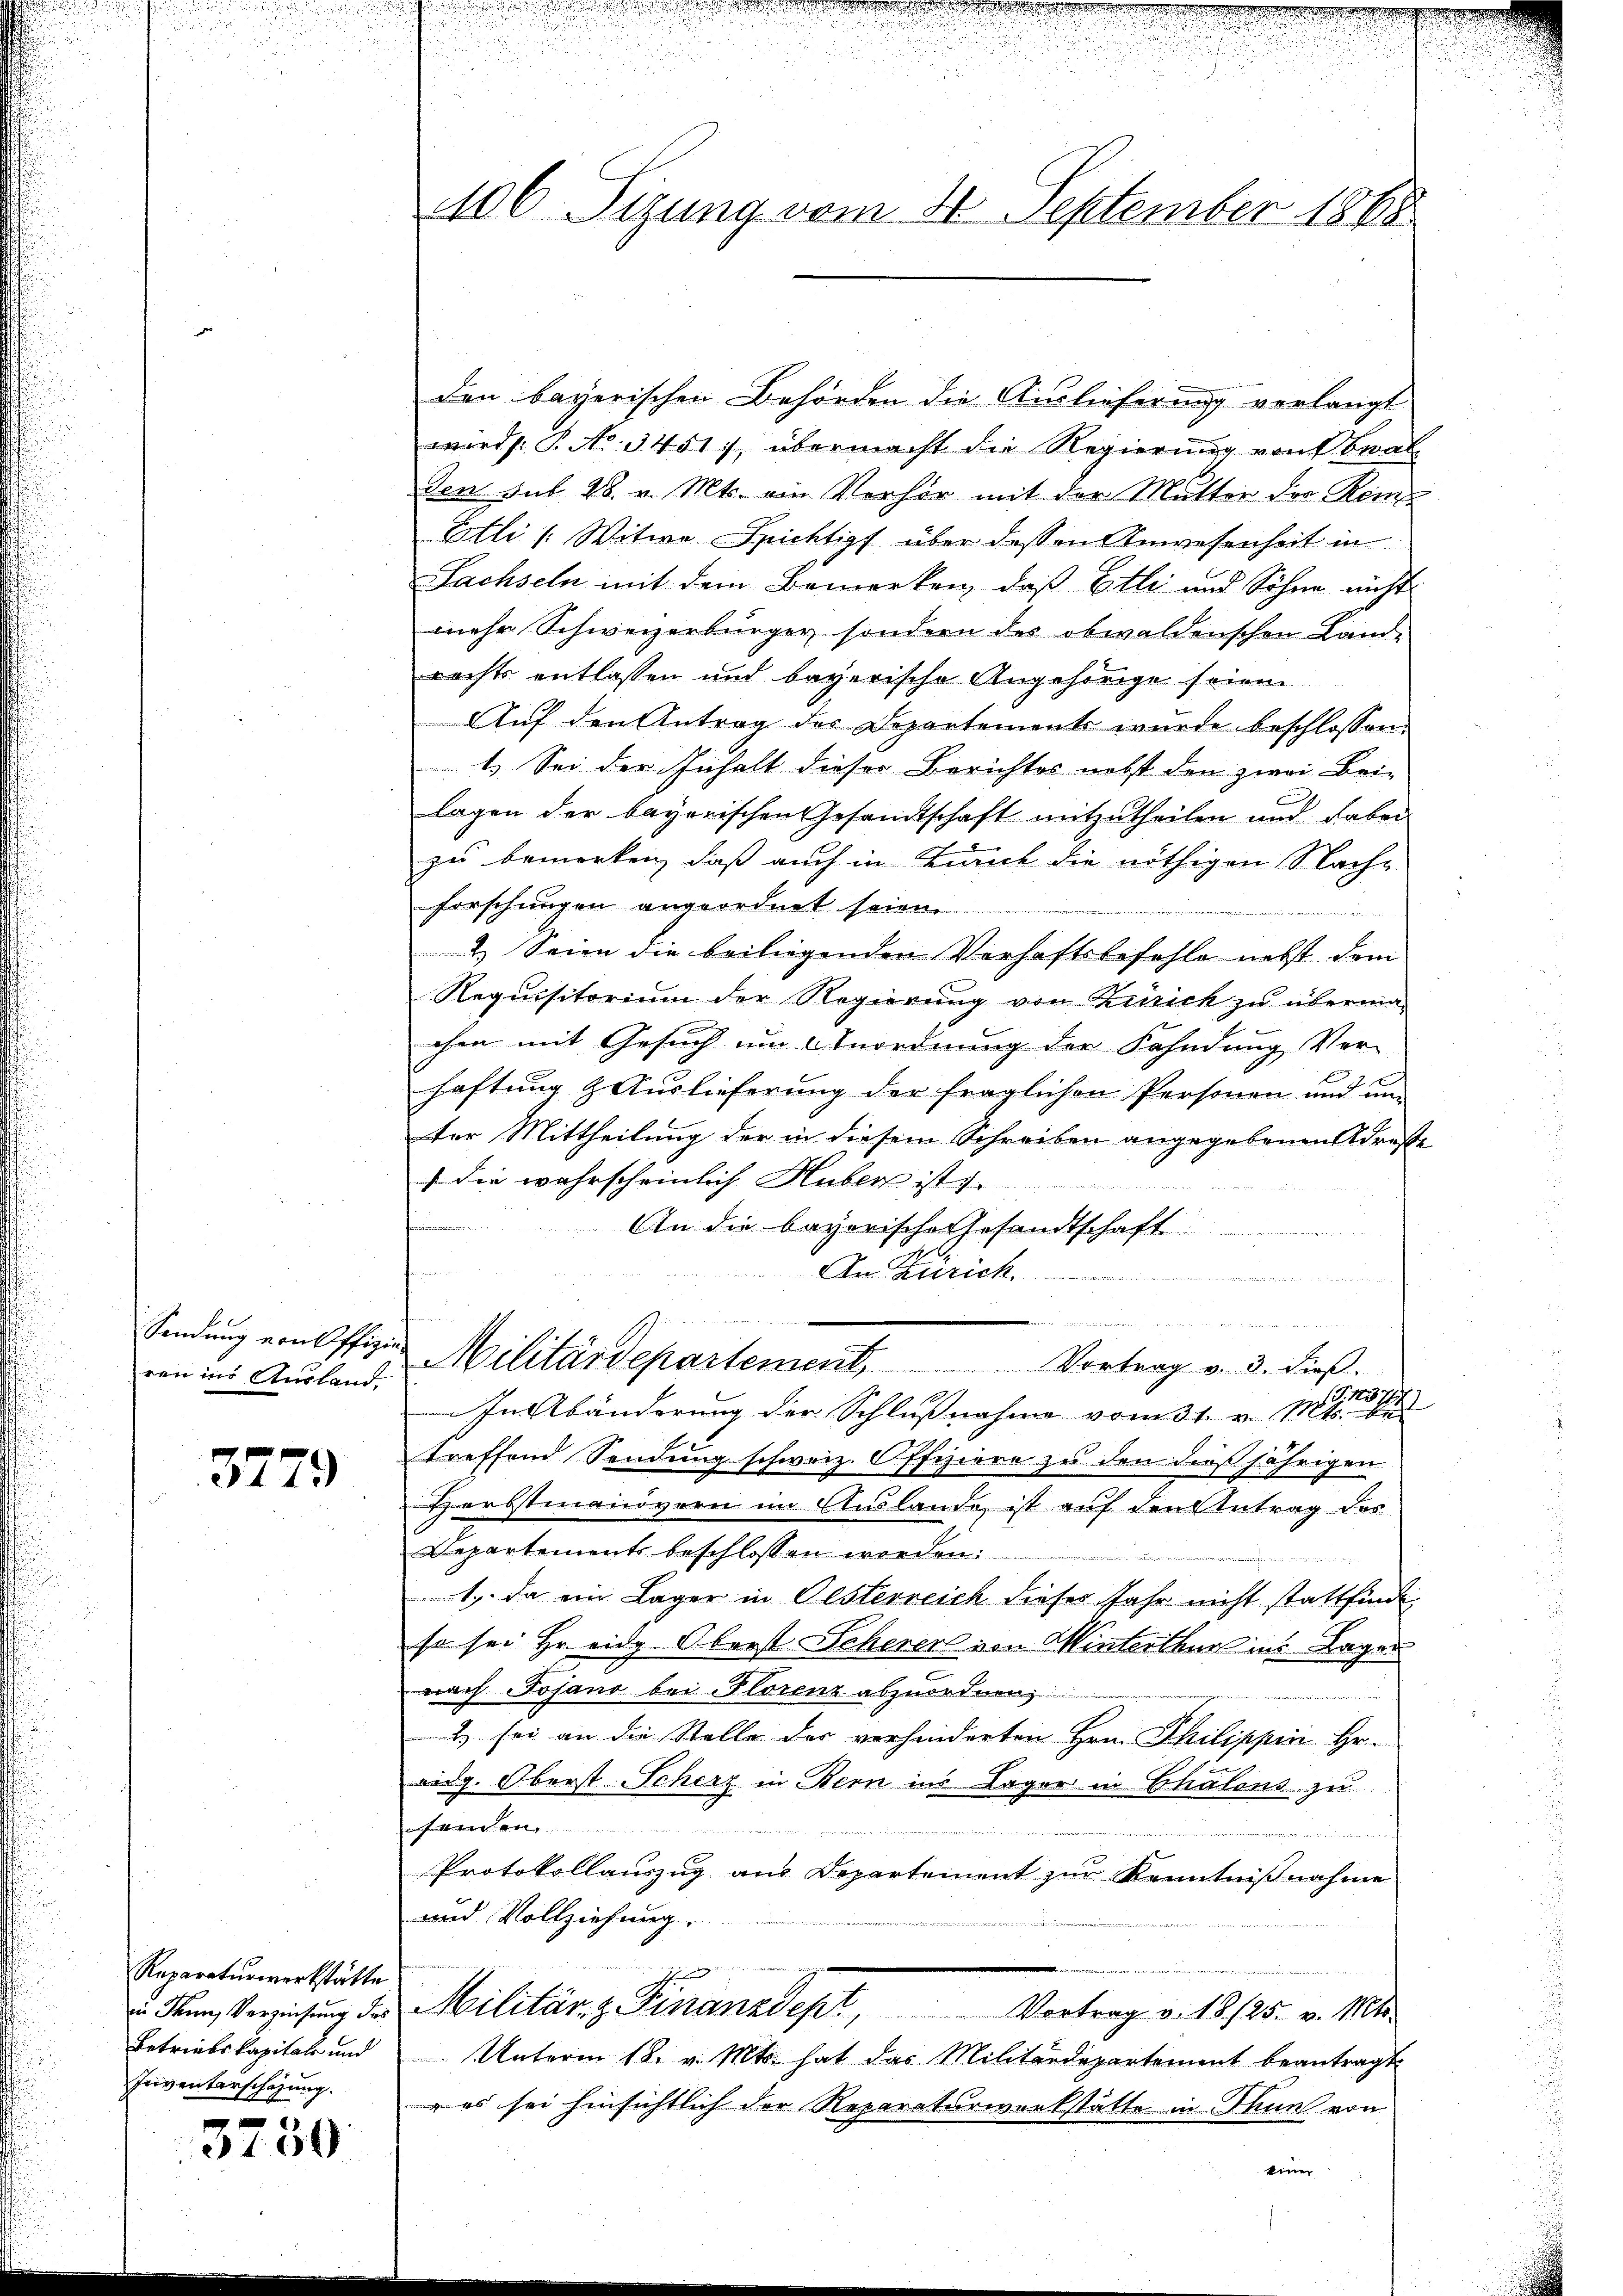
ren ins Ausland,

3779

Reparaturwerkstätte
Inventarschafung.

3730

206 Sizung vom 4. September 1868

den bayerischen Behörden die Auslieferung verlangt
wird: P. Nr. 3451), übermacht die Regierung von Beal
den sub 28. v. Mts. ein Verhör mit der Mutter der Rem
Etli /: Witwe Spichtigt über dessen Anwesenheit in
Sachseln mit dem Bemerken, daß Etli und Sohne nicht
mehr Schweizerbürger sondern des obwaldenschen Land-
rechts entlassen und bayerische Angehörige seien
Auf den Antrag des Departements wurde beschlossen
1. Sei der Inhalt dieser Berichtes nebst den zwei Bei-
lagen der bayerischen Gesandtschaft mitzutheilen und dabei
zu bemerken, daß auch in Kinck die nöthigen Nach-
forschungen angeordnet seien

2. Seien die beiliegenden Verhaftsbefehle nebst dem
Requisitorium der Regierung von Zürich zu überma-
chen mit Gesuch um Anordnung der Fahndung Ver-
haftung & Auslieferung der fraglichen Personen und um
ter Mittheilung der in diesem Schreiben angegebenen Adreste
 die wahrscheinlich Huber ist.
An die bayerische Gesandtschaft
An Zürich

d
Sendung von Offiz. Militärdepartement. Vortrag v. 3. dieβ.
d
In Abänderung der Schlußnahme vom 31. v. Mts.
treffend Sendung schweiz. Offiziere zu den dießjährigen
Herbstmanövern im Auslande ist auf den Antrag des
Departements beschlossen werden:

1). Da ein Lager in Olsterreich dieses Jahr nicht stattfinde.
so sei Hr. eidg. Oberst Scherer von Winterthur in Lager
nach Jojano bei Florenz abzuordnen,

2) sei an die Stelle der verhinderten Hrn. Philippiii Heeidg. Oberst Scherz in Bern ins Lager in Chalens zu
famen

Protokollauszug aus Departement zur Kenntnißnahme
und Vollziehung.
rez 1.
 den Verziehung der Militär, z. Finanzdept, Vortrag v. 18125. v. 101.
Betriebskapital und Unterm 18. v. Mts. hat das Militärdepartement beantragt.
 es sei hinsichtlich der Reparaturwerkstatte in Thun von
einer